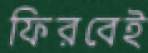
ফিরবেই